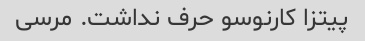
پیتزا کارنوسو حرف نداشت. مرسی